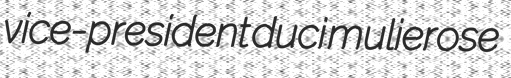
vice-president duci mulierose